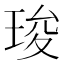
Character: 㻐